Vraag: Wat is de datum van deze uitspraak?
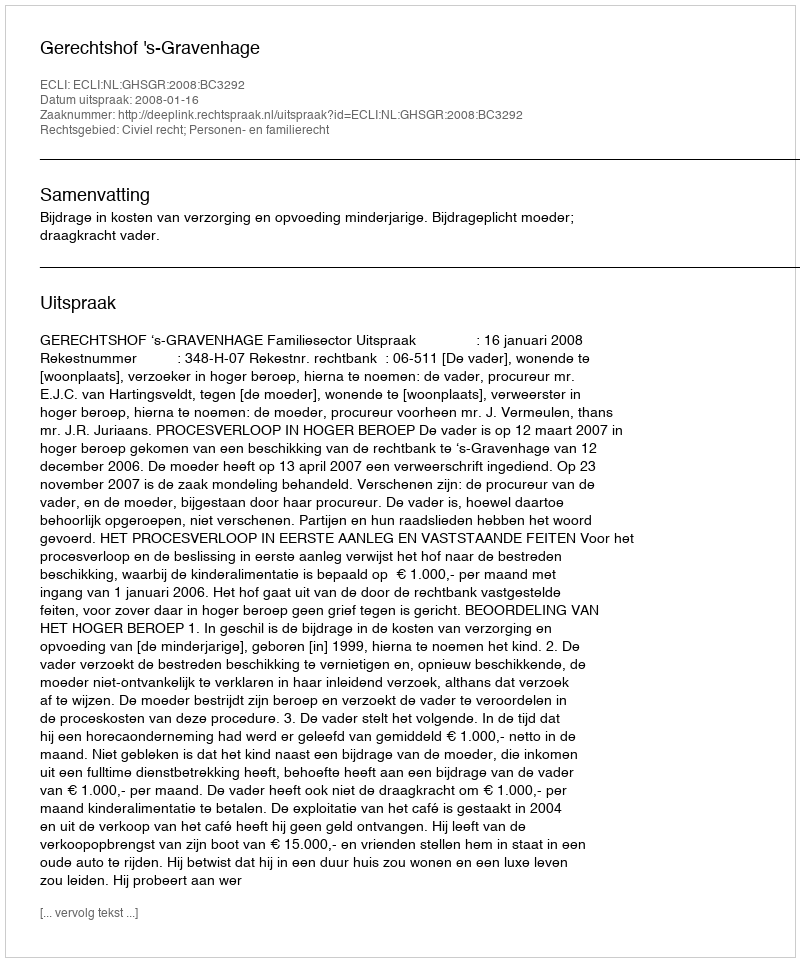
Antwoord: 2008-01-16